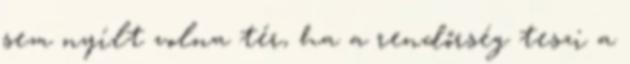
sem nyílt volna tér, ha a rendőrség teszi a